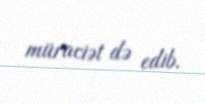
müraciət də edib.